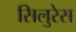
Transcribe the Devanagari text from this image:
सिलुरेस